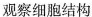
观察细胞结构